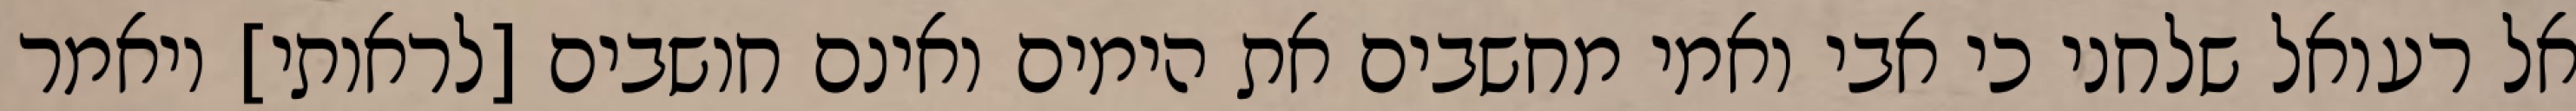
אל רעואל שלחני כי אבי ואמי מחשבים את הימים ואינם חושבים [לראותי] ויאמר